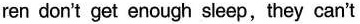
ren don't get enough sleep,they can't